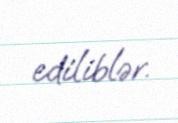
ediliblər.